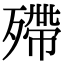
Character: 殢